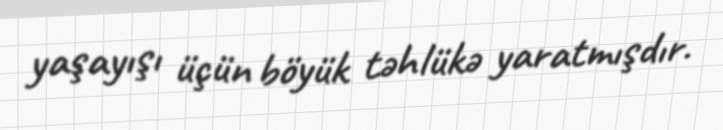
yaşayışı üçün böyük təhlükə yaratmışdır.